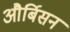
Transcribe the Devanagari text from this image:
और्बिसन